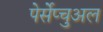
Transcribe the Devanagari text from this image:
पेर्सेप्चुअल